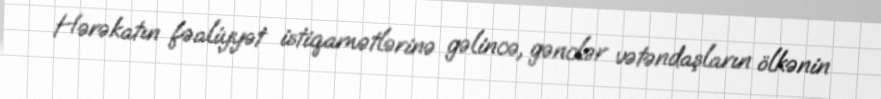
Hərəkatın fəaliyyət istiqamətlərinə gəlincə, gənclər vətəndaşların ölkənin